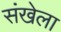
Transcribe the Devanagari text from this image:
संखेला